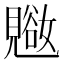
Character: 𬢁